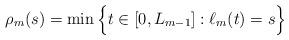
LaTeX: \begin{align*}\rho_m(s) = \min \Big\{ t \in [0,L_{m-1}] : \ell_m(t) = s \Big\}\end{align*}